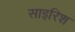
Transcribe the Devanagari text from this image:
साइरिश